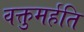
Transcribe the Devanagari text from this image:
वक्तुमर्हति